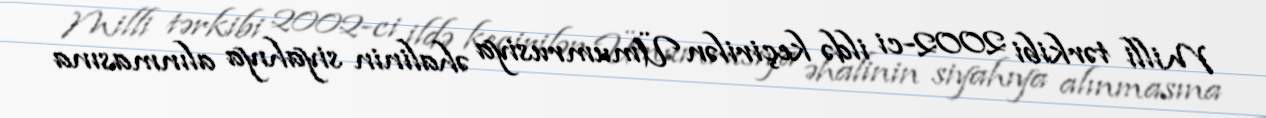
Milli tərkibi 2002-ci ildə keçirilən Ümumrusiya əhalinin siyahıya alınmasına